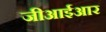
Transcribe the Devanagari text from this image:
जीआईआर